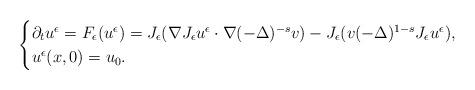
LaTeX: \begin{align*}\begin{cases}\partial_t{u^\epsilon}=F_\epsilon(u^\epsilon)=J_\epsilon(\nabla J_\epsilon u^\epsilon\cdot \nabla(-\Delta)^{-s} v)-J_\epsilon (v(-\Delta)^{1-s}J_\epsilon u^\epsilon),\\u^\epsilon(x,0)=u_{0}.\end{cases}\end{align*}